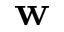
\mathbf { w }